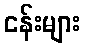
ငန်းများ